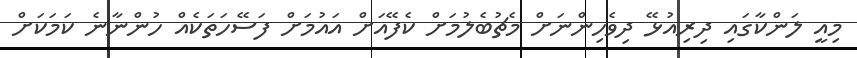
މިއީ ލަންކާގައި ދިރިއުޅޭ ދިވެހިންނަށް މެޗުބެލުމަށް ކެފޭއަށް އައުމަށް ފަސޭހަތަކެއް ހުންނާނެ ކަމަކަށް